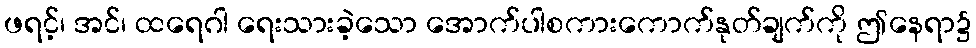
ဖရင့်၊ အင်၊ ထရေဂါ ရေးသားခဲ့သော အောက်ပါစကားကောက်နုတ်ချက်ကို ဤနေရာ၌